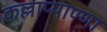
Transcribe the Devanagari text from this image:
कल्लाप्पाण्णा